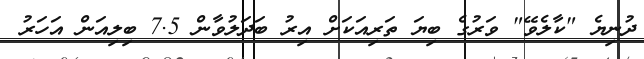
ދުނިޔެ "ކާލެވޭ" ވަރުގެ ބިޔަ ތަރިއަކަށް އިރު ބަދަލުވާން 7.5 ބިލިއަން އަހަރު